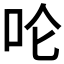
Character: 𪠵